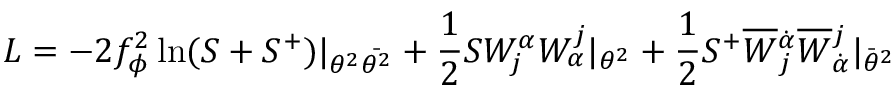
{ \cal L } = - 2 f _ { \phi } ^ { 2 } \ln ( S + S ^ { + } ) | _ { \theta ^ { 2 } \bar { \theta ^ { 2 } } } + \frac { 1 } { 2 } S W _ { j } ^ { \alpha } W _ { \alpha } ^ { j } | _ { \theta ^ { 2 } } + \frac { 1 } { 2 } S ^ { + } \overline { { { W } } } { } _ { j } ^ { \dot { \alpha } } \overline { { { W } } } { } _ { \dot { \alpha } } ^ { j } | _ { \bar { \theta } ^ { 2 } }